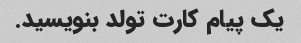
یک پیام کارت تولد بنویسید.